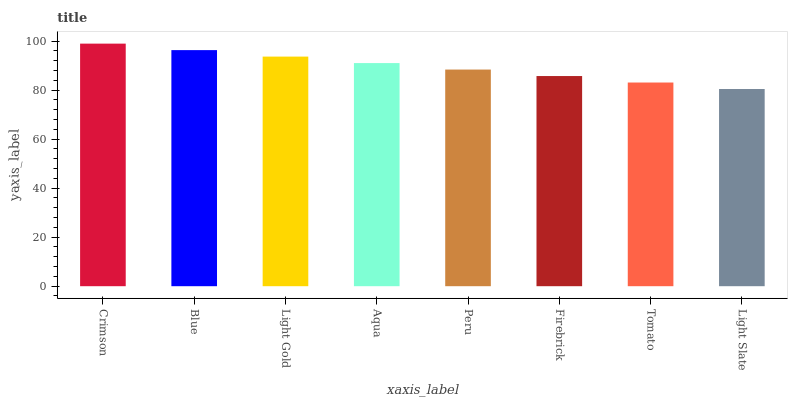
| xaxis_label | bars |
 | --- | --- |
 | Crimson | 99 |
 | Blue | 96.4 |
 | Light Gold | 93.7 |
 | Aqua | 91.1 |
 | Peru | 88.4 |
 | Firebrick | 85.8 |
 | Tomato | 83.1 |
 | Light Slate | 80.5 |